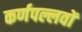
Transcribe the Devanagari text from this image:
कर्णपल्लवों